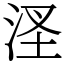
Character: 㳗